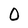
Character: O